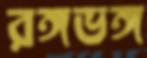
রঙ্গভঙ্গ